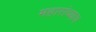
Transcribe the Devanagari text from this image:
महारांच्याच